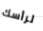
لرأسك